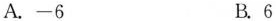
A.-6 B.6